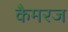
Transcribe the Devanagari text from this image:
कैमरज